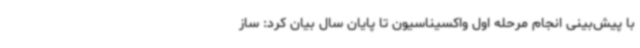
با پیش‌بینی انجام مرحله اول واکسیناسیون تا پایان سال بیان کرد: ساز